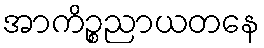
အာကိဉ္စညာယတနေ